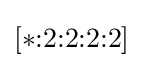
[*{:}2{:}2{:}2{:}2]